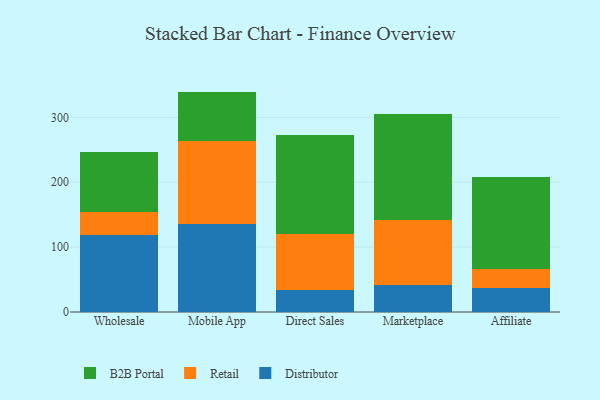
{"axis": {"x": "Channel", "y": "Budget (USD K)"}, "legend": ["B2B Portal", "Distributor", "Retail"], "data": [{"x": "Wholesale", "y": 118.2, "type": "Distributor"}, {"x": "Wholesale", "y": 36.3, "type": "Retail"}, {"x": "Wholesale", "y": 92.6, "type": "B2B Portal"}, {"x": "Mobile App", "y": 135.1, "type": "Distributor"}, {"x": "Mobile App", "y": 128.3, "type": "Retail"}, {"x": "Mobile App", "y": 76.3, "type": "B2B Portal"}, {"x": "Direct Sales", "y": 33.3, "type": "Distributor"}, {"x": "Direct Sales", "y": 86.2, "type": "Retail"}, {"x": "Direct Sales", "y": 153.5, "type": "B2B Portal"}, {"x": "Marketplace", "y": 41.3, "type": "Distributor"}, {"x": "Marketplace", "y": 99.8, "type": "Retail"}, {"x": "Marketplace", "y": 164.8, "type": "B2B Portal"}, {"x": "Affiliate", "y": 36.3, "type": "Distributor"}, {"x": "Affiliate", "y": 30.6, "type": "Retail"}, {"x": "Affiliate", "y": 141.6, "type": "B2B Portal"}]}